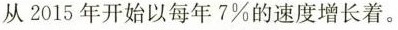
从2015年开始以每年7%的速度增长着。